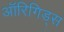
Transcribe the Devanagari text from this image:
ऑरिगिड्स